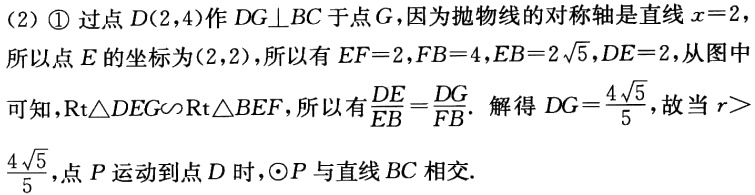
(2) \textcircled{1} 过点\(D(2,4)\)作\(DG\bot BC\)于点\(G\)，因为抛物线的对称轴是直线\(x = 2\)，所以点\(E\)的坐标为\((2,2)\)，所以有\(EF = 2\)，\(FB = 4\)，\(EB = 2\sqrt{5}\)，\(DE = 2\)，从图中可知，\(Rt\triangle DEG\sim Rt\triangle BEF\)，所以有\(\frac{DE}{EB}=\frac{DG}{FB}\)。解得\(DG=\frac{4\sqrt{5}}{5}\)，故当\(r > \frac{4\sqrt{5}}{5}\)，点\(P\)运动到点\(D\)时，\(\odot P\)与直线\(BC\)相交.